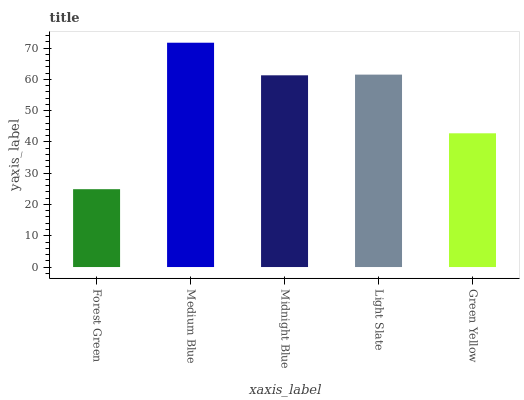
| xaxis_label | bars |
 | --- | --- |
 | Forest Green | 24.9 |
 | Medium Blue | 71.7 |
 | Midnight Blue | 61.3 |
 | Light Slate | 61.5 |
 | Green Yellow | 42.7 |